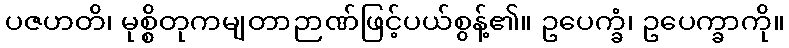
ပဇဟတိ၊ မုစ္စိတုကမျတာဉာဏ်ဖြင့်ပယ်စွန့်၏။ ဥပေက္ခံ၊ ဥပေက္ခာကို။